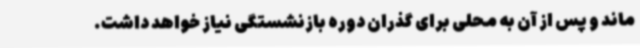
ماند و پس از آن به محلی برای گذران دوره بازنشستگی نیاز خواهد داشت.